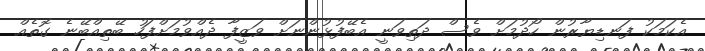
އެކަމަކު ފަނޑިޔާރުން ހޯދުމަށް ވެސް ދަތިވަނީ އެބޭފުޅުންނަށް ވަޒީފާ ދެއްވުމަށްފަހު ބޭތިއްބޭނެ ގޮތެއް